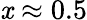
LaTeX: \mathit{x}\approx0.5